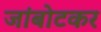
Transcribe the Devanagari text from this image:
जांबोटकर